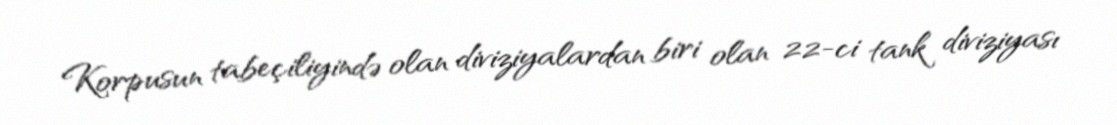
Korpusun tabeçiliyində olan diviziyalardan biri olan 22-ci tank diviziyası